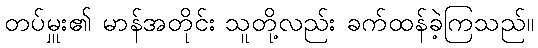
တပ်မှူး၏ မာန်အတိုင်း သူတို့လည်း ခက်ထန်ခဲ့ကြသည်။